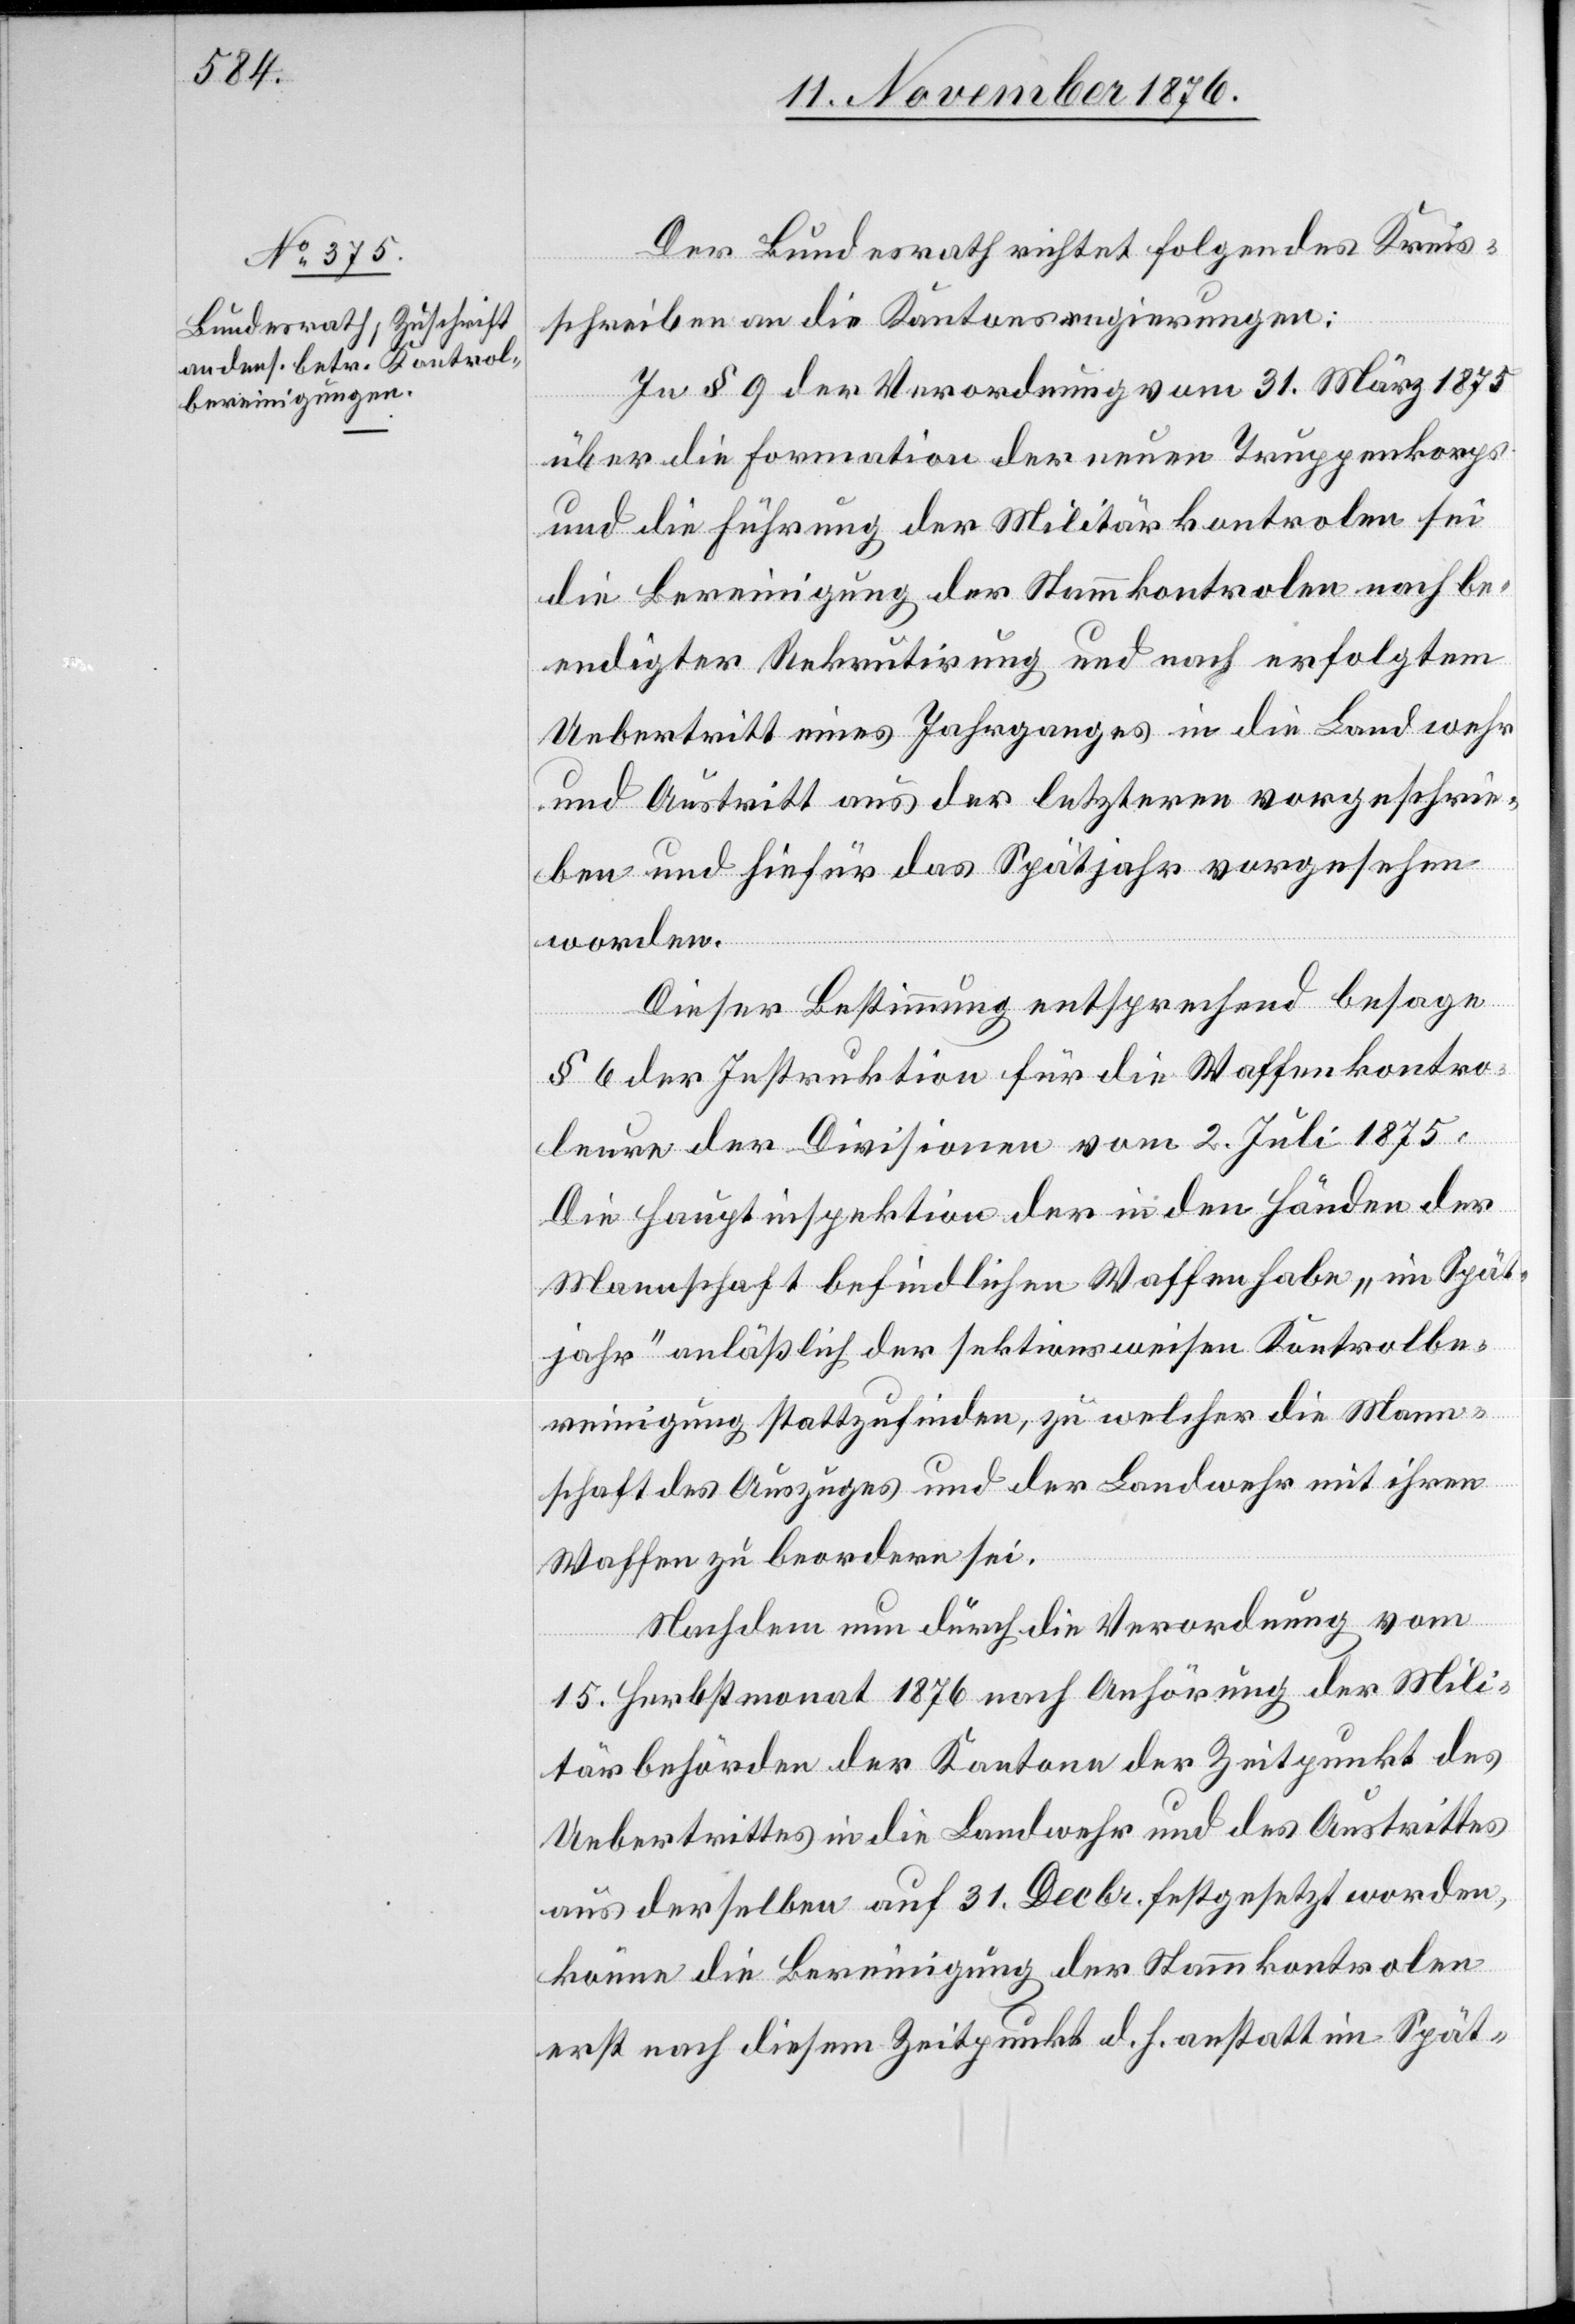
Der Bundesrath richtet folgendes Kreis¬
schreiben an die Kantonsregierungen:
In § 9 der Verordnung vom 31. März 1875
über die Formation der neuen Truppenkorps
und die Führung der Militärkontrolen sei
die Bereinigung der Stammkontrolen nach be¬
endigter Rekrutirung und nach erfolgtem
Uebertritt eines Jahrgange in die Landwehr
und Austritt aus der letzteren vorgeschrie¬
ben und hiefür das Spätjahr vorgesehen
worden.
Dieser Bestimmung entsprechend besage
§ 6 der Instruktion für die Waffenkontro¬
leure der Divisionen vom 2. Juli 1875:
Die Hauptinspektion der in den Händen der
Mannschaft befindlichen Waffen habe „ein Spät¬
jahr“ anläßlich der sektionsweisen Kotrolbe¬
reinigung stattzufinden, zu welcher die Mann¬
schaft des Auszuges und der Landwehr mit ihren
Waffen zu beordern sei.
Nachdem nun durch die Verordnung vom
15. Herbstmonat 1876 nach Anhörung der Mili¬
tärbehörden der Kantone der Zeitpunkt des
Uebertrittes in die Landwehr und des Austrittes
aus derselben auf 31. Decbr. festgesetzt worden,
könne die Bereinigung der Stammkontrolen
erst nach diesem Zeitpunkt d. h. anstatt im Spät-